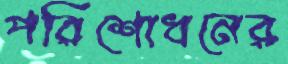
পরিশোধনের